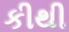
કીથી